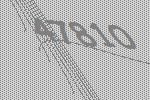
47810